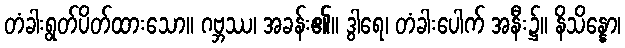
တံခါးရွတ်ပိတ်ထားသော။ ဂဗ္ဘဿ၊ အခန်း၏။ ဒွါရေ၊ တံခါးပေါက် အနီး၌။ နိသိန္နော၊